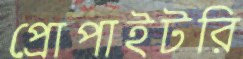
প্রোপাইটরি